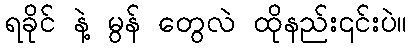
ရခိုင် နဲ့ မွန် တွေလဲ ထိုနည်း၎င်းပဲ။